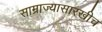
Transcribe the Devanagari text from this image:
साम्राज्यासारखीच